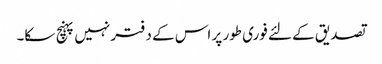
تصدیق کے لئے فوری طور پر اس کے دفتر نہیں پہنچ سکا۔